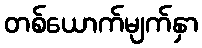
တစ်ယောက်မျက်နှာ